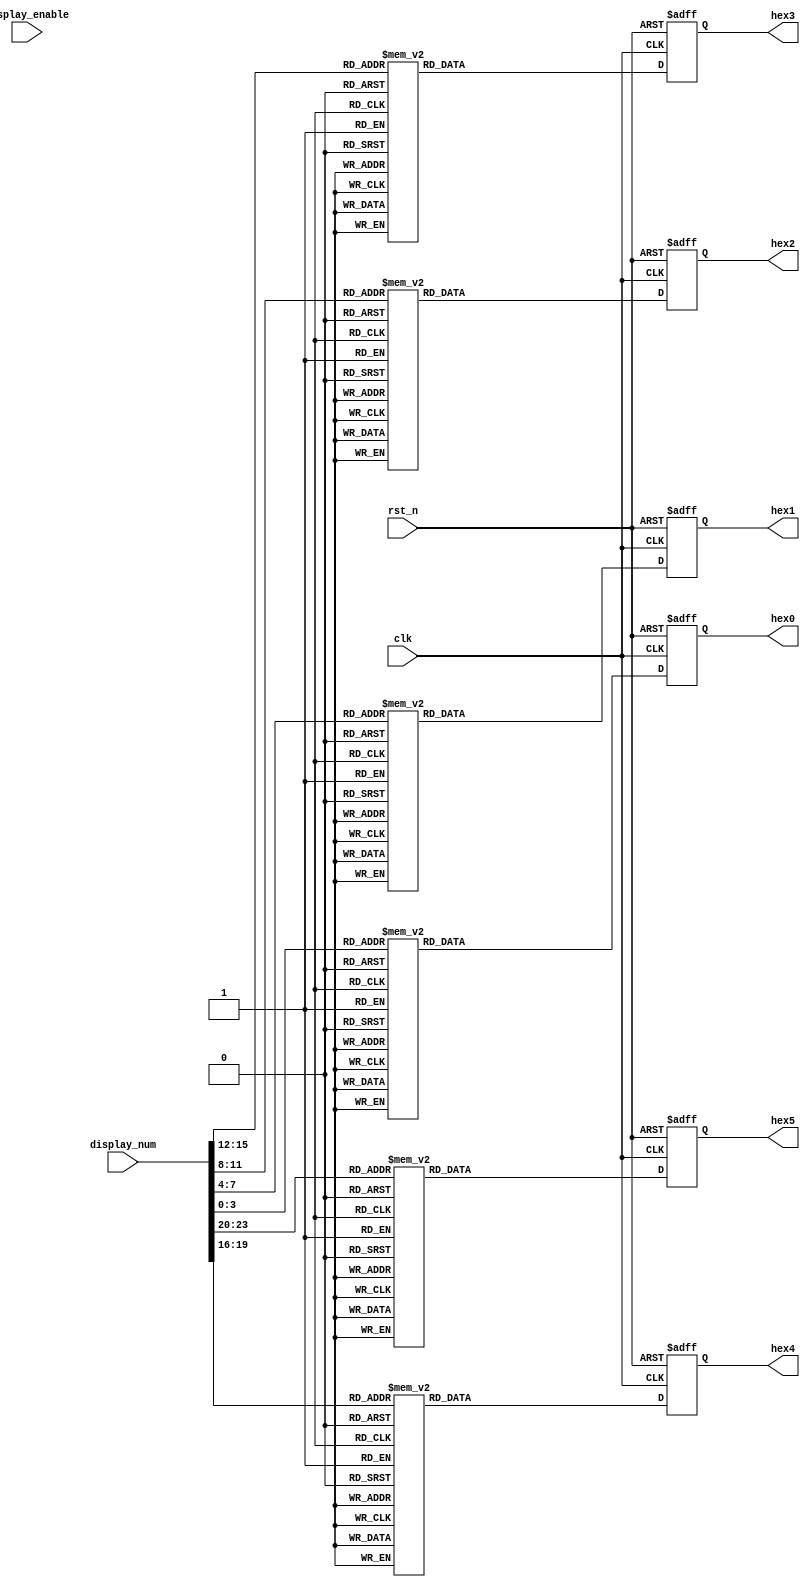
module digital_tube_seg7(
			input 					clk,		
			input 					rst_n,	
			input  					display_enable,		
			input      [23:0]		display_num,	
			output reg [6:0] 		hex0,	
			output reg [6:0] 		hex1,
			output reg [6:0] 		hex2,
			output reg [6:0] 		hex3,
			output reg [6:0] 		hex4,
			output reg [6:0] 		hex5
		);

//-------------------------------------------------
//

parameter 	NUM0 	= 7'b1000000,//0,
				NUM1 	= 7'b1111001,//1,
				NUM2 	= 7'b0100100,//2,
				NUM3 	= 7'b0110000,//3,
				NUM4 	= 7'b0011001,//4,
				NUM5 	= 7'b0010010,//5,
				NUM6 	= 7'b0000010,//6,
				NUM7 	= 7'b1111000,//7,
				NUM8 	= 7'b0000000,//8,
				NUM9 	= 7'b0011000,//9,
				NULL  = 7'b1111111;






always @(posedge clk or negedge rst_n)
	if(!rst_n) 
		begin
			hex5 <= NUM0;
			hex4 <= NUM0;
			hex3 <= NUM0;
			hex2 <= NUM0;
			hex1 <= NUM0;
			hex0 <= NUM0;
		end
	else 
		begin
			case(display_num[23:20]) 
			4'h0: hex5 <= NUM0;
			4'h1: hex5 <= NUM1;
			4'h2: hex5 <= NUM2;
			4'h3: hex5 <= NUM3;
			4'h4: hex5 <= NUM4;
			4'h5: hex5 <= NUM5;
			4'h6: hex5 <= NUM6;
			4'h7: hex5 <= NUM7;
			4'h8: hex5 <= NUM8;
			4'h9: hex5 <= NUM9;
			default:hex5 <= NULL ;
			endcase
			
			case(display_num[19:16]) 
			4'h0: hex4 <= NUM0;
			4'h1: hex4 <= NUM1;
			4'h2: hex4 <= NUM2;
			4'h3: hex4 <= NUM3;
			4'h4: hex4 <= NUM4;
			4'h5: hex4 <= NUM5;
			4'h6: hex4 <= NUM6;
			4'h7: hex4 <= NUM7;
			4'h8: hex4 <= NUM8;
			4'h9: hex4 <= NUM9;
			default: hex4 <= NULL;
			endcase
			
			case(display_num[15:12]) 
			4'h0: hex3 <= NUM0;
			4'h1: hex3 <= NUM1;
			4'h2: hex3 <= NUM2;
			4'h3: hex3 <= NUM3;
			4'h4: hex3 <= NUM4;
			4'h5: hex3 <= NUM5;
			4'h6: hex3 <= NUM6;
			4'h7: hex3 <= NUM7;
			4'h8: hex3 <= NUM8;
			4'h9: hex3 <= NUM9;
			default: hex3 <= NULL;
			endcase
			
			case(display_num[11:8]) 
			4'h0: hex2 <= NUM0;
			4'h1: hex2 <= NUM1;
			4'h2: hex2 <= NUM2;
			4'h3: hex2 <= NUM3;
			4'h4: hex2 <= NUM4;
			4'h5: hex2 <= NUM5;
			4'h6: hex2 <= NUM6;
			4'h7: hex2 <= NUM7;
			4'h8: hex2 <= NUM8;
			4'h9: hex2 <= NUM9;
			default: hex2 <= NULL;
			endcase
			
			case(display_num[7:4]) 
			4'h0: hex1 <= NUM0;
			4'h1: hex1 <= NUM1;
			4'h2: hex1 <= NUM2;
			4'h3: hex1 <= NUM3;
			4'h4: hex1 <= NUM4;
			4'h5: hex1 <= NUM5;
			4'h6: hex1 <= NUM6;
			4'h7: hex1 <= NUM7;
			4'h8: hex1 <= NUM8;
			4'h9: hex1 <= NUM9;
			default: hex1 <= NULL;
			endcase
			
			case(display_num[3:0]) 
			4'h0: hex0 <= NUM0;
			4'h1: hex0 <= NUM1;
			4'h2: hex0 <= NUM2;
			4'h3: hex0 <= NUM3;
			4'h4: hex0 <= NUM4;
			4'h5: hex0 <= NUM5;
			4'h6: hex0 <= NUM6;
			4'h7: hex0 <= NUM7;
			4'h8: hex0 <= NUM8;
			4'h9: hex0 <= NUM9;
			default: hex0 <= NULL;
			

		endcase
	end



endmodule